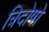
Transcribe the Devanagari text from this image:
त्रिदोषो